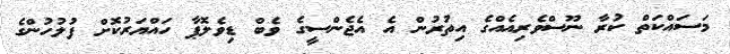
މަސައްކަތް ކުރާ ނޫސްވެރިއެއްގެ އިތުރުން އެ އެޖެންސީގެ ވެބް ޑިވެލޮޕާ ހައްޔަރުކޮށް ފުލުހުންގެ